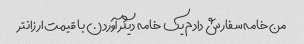
من خامه سفارش دادم یک خامه دیگر آوردن با قیمت ارزانتر